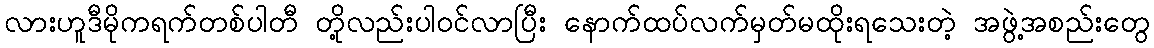
လားဟူဒီမိုကရက်တစ်ပါတီ တို့လည်းပါဝင်လာပြီး နောက်ထပ်လက်မှတ်မထိုးရသေးတဲ့ အဖွဲ့အစည်းတွေ